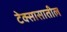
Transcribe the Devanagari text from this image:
टेक्सासातील